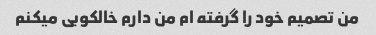
من تصمیم خود را گرفته ام من دارم خالکوبی میکنم